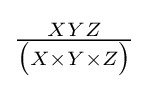
{\textstyle {\frac {XYZ}{{\bigl (}X\times Y\times Z{\bigr )}}}}